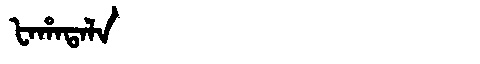
Manchu: ᡶᠠᡥᠠᡨᠠᠯᠠ
Romanization: FAHATALA